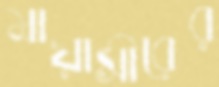
মায়াসীরের